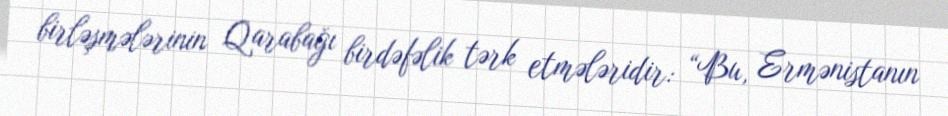
birləşmələrinin Qarabağı birdəfəlik tərk etmələridir: “Bu, Ermənistanın